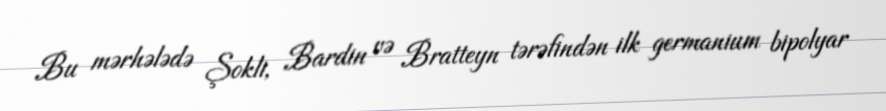
Bu mərhələdə Şokli, Bardin və Bratteyn tərəfindən ilk germanium bipolyar